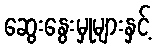
ဆွေးနွေးမှုများနှင့်